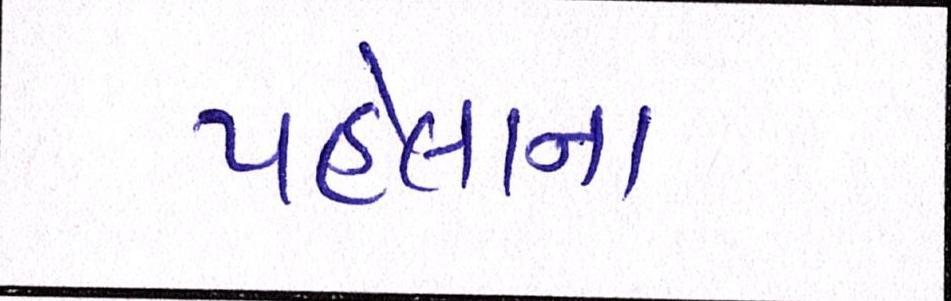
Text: પહેલાના